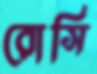
রোসি